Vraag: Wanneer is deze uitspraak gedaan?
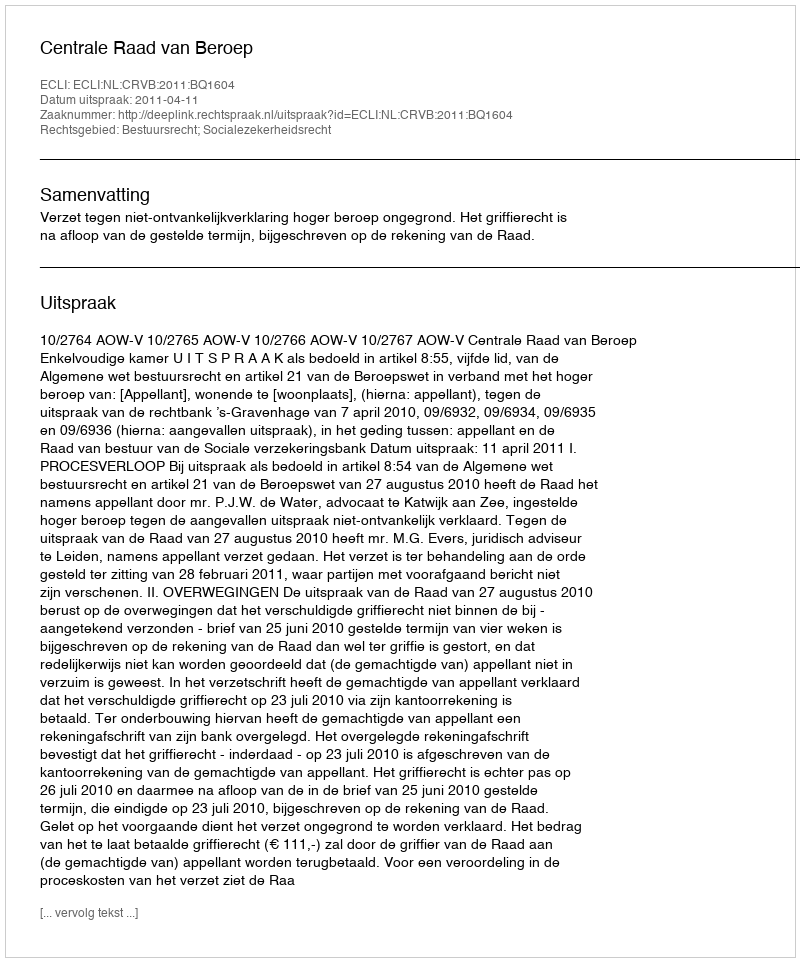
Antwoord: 2011-04-11